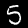
Label: 5